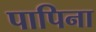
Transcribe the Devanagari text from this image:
पापिना